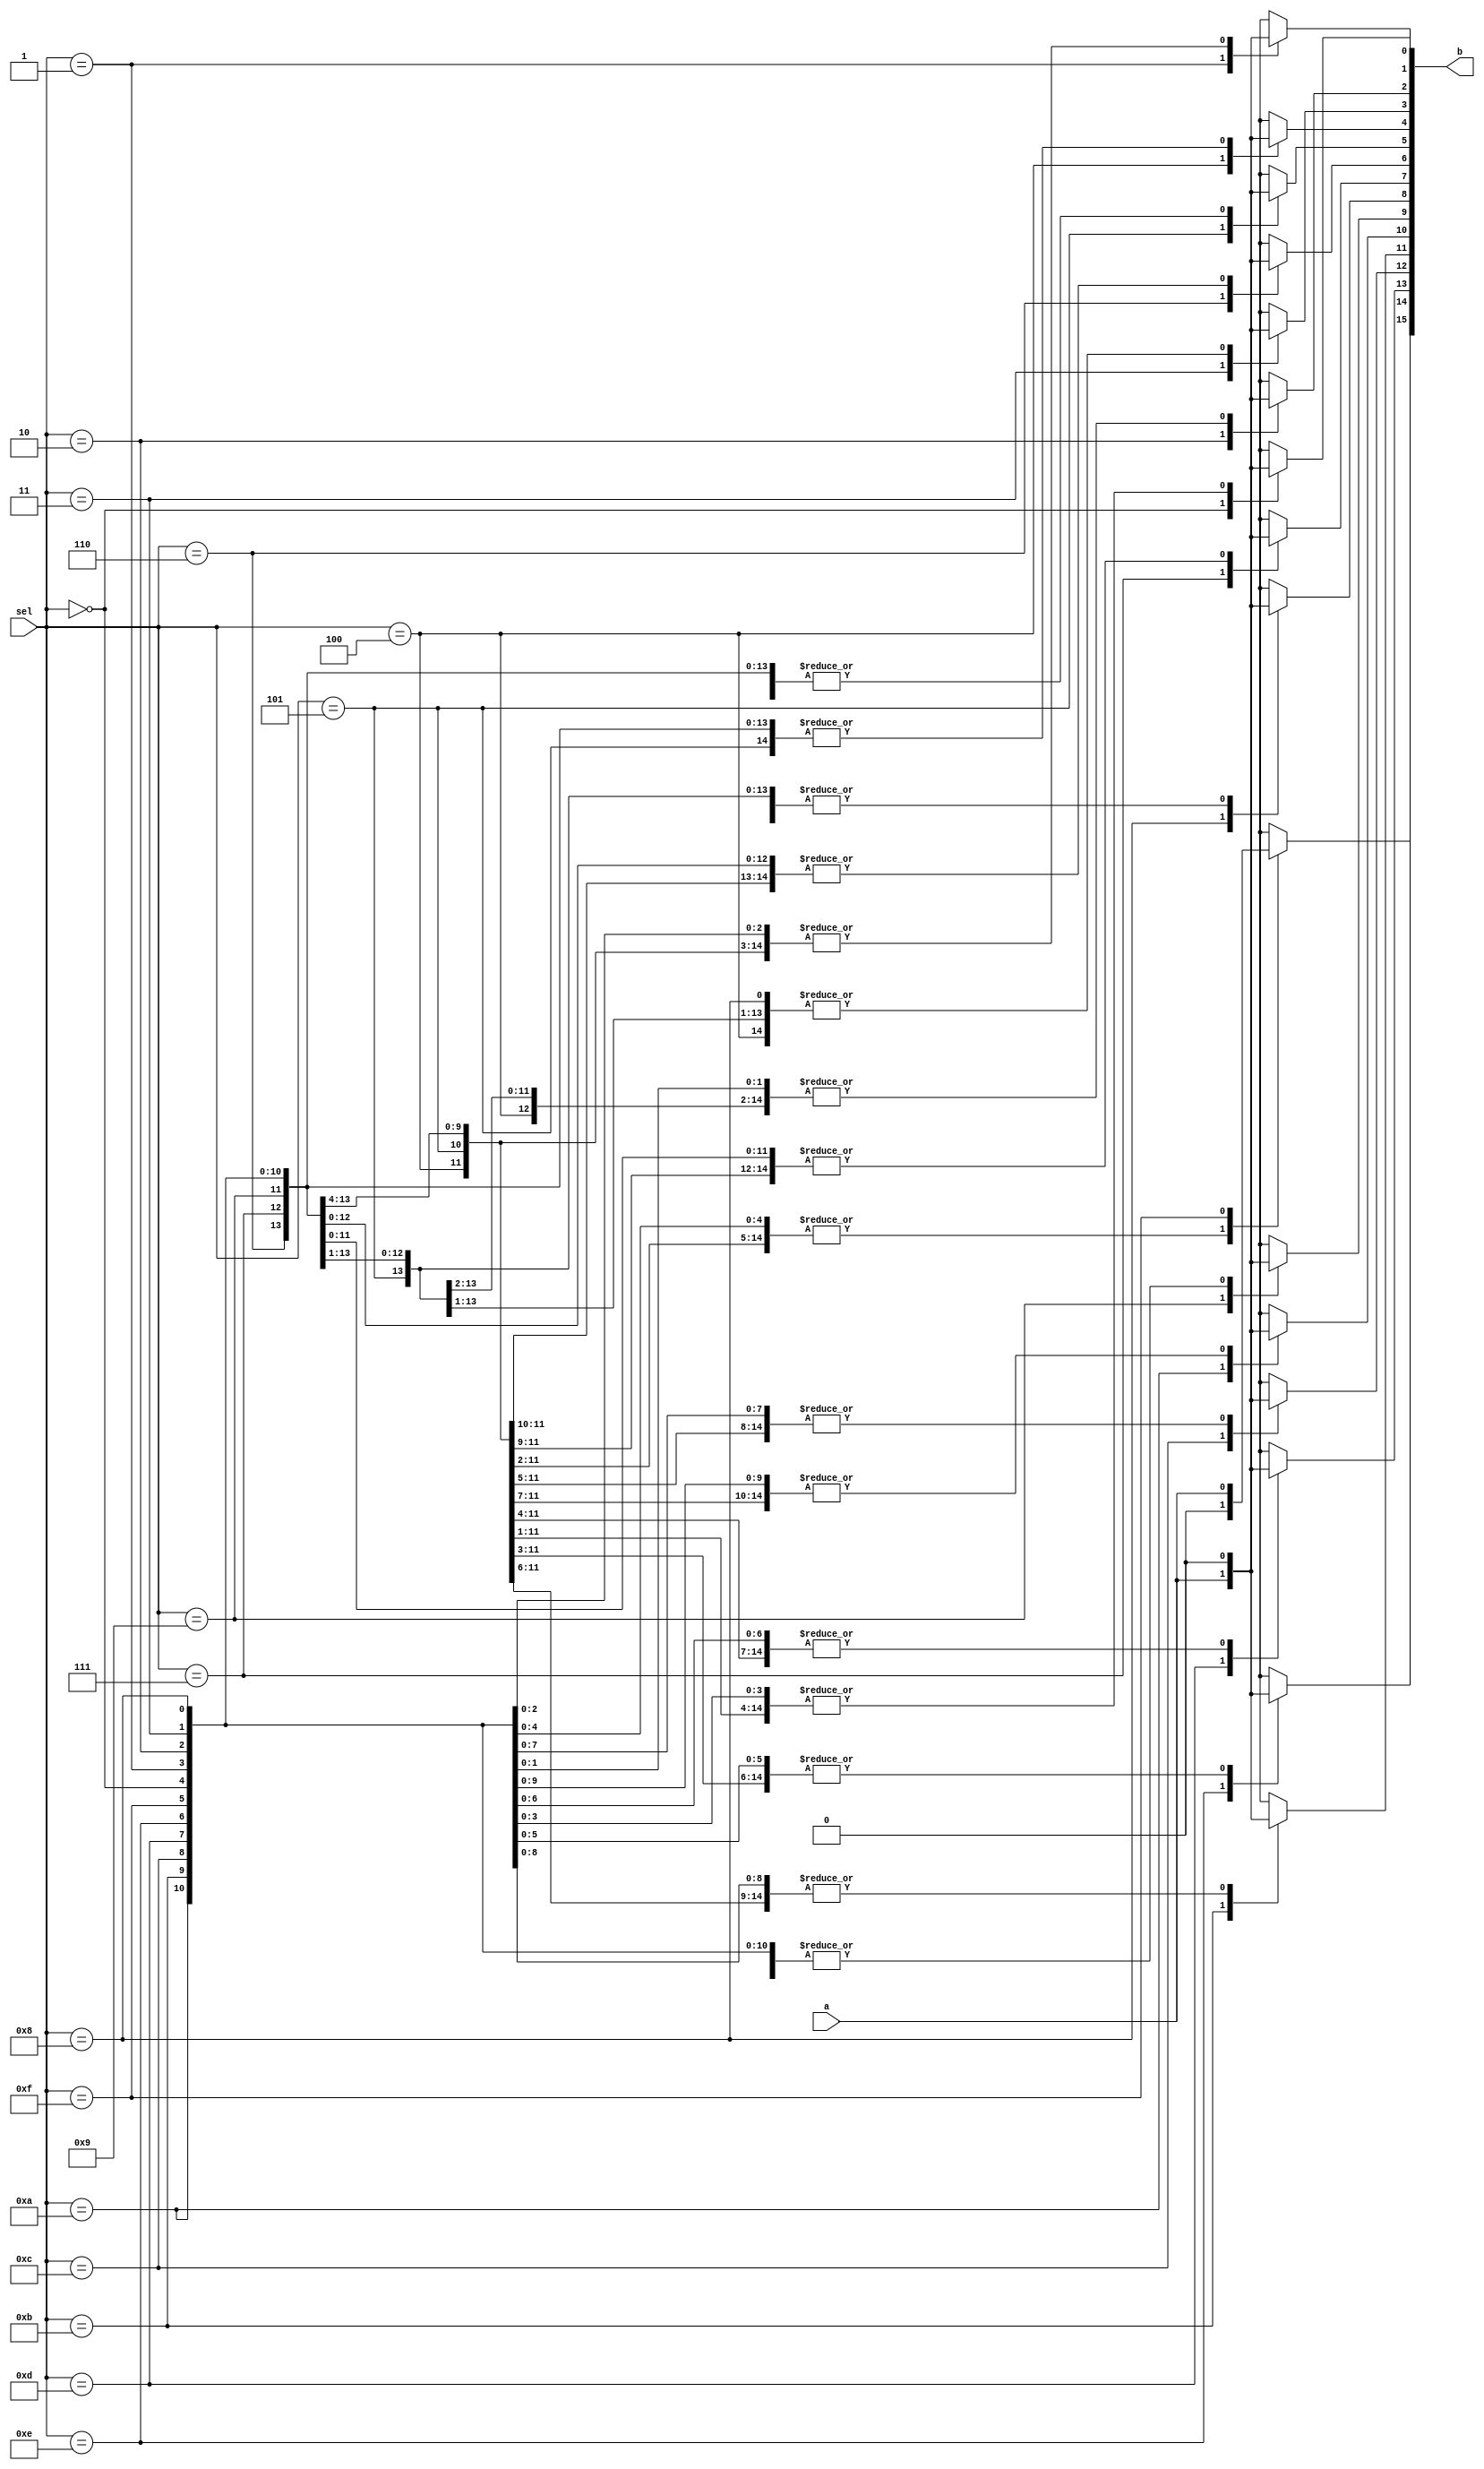
module demux_1x16(
    input a,
    input [3:0] sel,
    output reg [15:0] b
    );
    //reg [15:0] b;

    always @(*)
    begin
        case (sel)  //case statement with "sel"
            4'h0 : begin
                        b[0] = a;
                        b[1] = 1'b0;
                        b[2] = 1'b0;
                        b[3] = 1'b0;
                        b[4] = 1'b0;
                        b[5] = 1'b0;
                        b[6] = 1'b0;
                        b[7] = 1'b0;
                        b[8] = 1'b0;
                        b[9] = 1'b0;
                        b[10] = 1'b0;
                        b[11] = 1'b0;
                        b[12] = 1'b0;
                        b[13] = 1'b0;
                        b[14] = 1'b0;
                        b[15] = 1'b0;
                   end
            4'h1 : begin
                        b[0] = 1'b0;
                        b[1] = a;
                        b[2] = 1'b0;
                        b[3] = 1'b0;
                        b[4] = 1'b0;
                        b[5] = 1'b0;
                        b[6] = 1'b0;
                        b[7] = 1'b0;
                        b[8] = 1'b0;
                        b[9] = 1'b0;
                        b[10] = 1'b0;
                        b[11] = 1'b0;
                        b[12] = 1'b0;
                        b[13] = 1'b0;
                        b[14] = 1'b0;
                        b[15] = 1'b0;
                   end
            4'h2 : begin
                        b[0] = 1'b0;
                        b[1] = 1'b0;
                        b[2] = a;
                        b[3] = 1'b0;
                        b[4] = 1'b0;
                        b[5] = 1'b0;
                        b[6] = 1'b0;
                        b[7] = 1'b0;
                        b[8] = 1'b0;
                        b[9] = 1'b0;
                        b[10] = 1'b0;
                        b[11] = 1'b0;
                        b[12] = 1'b0;
                        b[13] = 1'b0;
                        b[14] = 1'b0;
                        b[15] = 1'b0;
                   end
            4'h3 : begin
                        b[0] = 1'b0;
                        b[1] = 1'b0;
                        b[2] = 1'b0;
                        b[3] = a;
                        b[4] = 1'b0;
                        b[5] = 1'b0;
                        b[6] = 1'b0;
                        b[7] = 1'b0;
                        b[8] = 1'b0;
                        b[9] = 1'b0;
                        b[10] = 1'b0;
                        b[11] = 1'b0;
                        b[12] = 1'b0;
                        b[13] = 1'b0;
                        b[14] = 1'b0;
                        b[15] = 1'b0;
                   end
            4'h4 : begin
                        b[0] = 1'b0;
                        b[1] = 1'b0;
                        b[2] = 1'b0;
                        b[3] = 1'b0;
                        b[4] = a;
                        b[5] = 1'b0;
                        b[6] = 1'b0;
                        b[7] = 1'b0;
                        b[8] = 1'b0;
                        b[9] = 1'b0;
                        b[10] = 1'b0;
                        b[11] = 1'b0;
                        b[12] = 1'b0;
                        b[13] = 1'b0;
                        b[14] = 1'b0;
                        b[15] = 1'b0;
                   end
            4'h5 : begin
                        b[0] = 1'b0;
                        b[1] = 1'b0;
                        b[2] = 1'b0;
                        b[3] = 1'b0;
                        b[4] = 1'b0;
                        b[5] = a;
                        b[6] = 1'b0;
                        b[7] = 1'b0;
                        b[8] = 1'b0;
                        b[9] = 1'b0;
                        b[10] = 1'b0;
                        b[11] = 1'b0;
                        b[12] = 1'b0;
                        b[13] = 1'b0;
                        b[14] = 1'b0;
                        b[15] = 1'b0;
                   end
            4'h6 : begin
                        b[0] = 1'b0;
                        b[1] = 1'b0;
                        b[2] = 1'b0;
                        b[3] = 1'b0;
                        b[4] = 1'b0;
                        b[5] = 1'b0;
                        b[6] = a;
                        b[7] = 1'b0;
                        b[8] = 1'b0;
                        b[9] = 1'b0;
                        b[10] = 1'b0;
                        b[11] = 1'b0;
                        b[12] = 1'b0;
                        b[13] = 1'b0;
                        b[14] = 1'b0;
                        b[15] = 1'b0;
                   end
            4'h7 : begin
                        b[0] = 1'b0;
                        b[1] = 1'b0;
                        b[2] = 1'b0;
                        b[3] = 1'b0;
                        b[4] = 1'b0;
                        b[5] = 1'b0;
                        b[6] = 1'b0;
                        b[7] = a;
                        b[8] = 1'b0;
                        b[9] = 1'b0;
                        b[10] = 1'b0;
                        b[11] = 1'b0;
                        b[12] = 1'b0;
                        b[13] = 1'b0;
                        b[14] = 1'b0;
                        b[15] = 1'b0;
                   end
            4'h8 : begin
                        b[0] = 1'b0;
                        b[1] = 1'b0;
                        b[2] = 1'b0;
                        b[3] = 1'b0;
                        b[4] = 1'b0;
                        b[5] = 1'b0;
                        b[6] = 1'b0;
                        b[7] = 1'b0;
                        b[8] = a;
                        b[9] = 1'b0;
                        b[10] = 1'b0;
                        b[11] = 1'b0;
                        b[12] = 1'b0;
                        b[13] = 1'b0;
                        b[14] = 1'b0;
                        b[15] = 1'b0;
                   end
            4'h9 : begin
                        b[0] = 1'b0;
                        b[1] = 1'b0;
                        b[2] = 1'b0;
                        b[3] = 1'b0;
                        b[4] = 1'b0;
                        b[5] = 1'b0;
                        b[6] = 1'b0;
                        b[7] = 1'b0;
                        b[8] = 1'b0;
                        b[9] = a;
                        b[10] = 1'b0;
                        b[11] = 1'b0;
                        b[12] = 1'b0;
                        b[13] = 1'b0;
                        b[14] = 1'b0;
                        b[15] = 1'b0;
                   end
            4'ha : begin
                        b[0] = 1'b0;
                        b[1] = 1'b0;
                        b[2] = 1'b0;
                        b[3] = 1'b0;
                        b[4] = 1'b0;
                        b[5] = 1'b0;
                        b[6] = 1'b0;
                        b[7] = 1'b0;
                        b[8] = 1'b0;
                        b[9] = 1'b0;
                        b[10] = a;
                        b[11] = 1'b0;
                        b[12] = 1'b0;
                        b[13] = 1'b0;
                        b[14] = 1'b0;
                        b[15] = 1'b0;
                   end
            4'hb : begin
                        b[0] = 1'b0;
                        b[1] = 1'b0;
                        b[2] = 1'b0;
                        b[3] = 1'b0;
                        b[4] = 1'b0;
                        b[5] = 1'b0;
                        b[6] = 1'b0;
                        b[7] = 1'b0;
                        b[8] = 1'b0;
                        b[9] = 1'b0;
                        b[10] = 1'b0;
                        b[11] = a;
                        b[12] = 1'b0;
                        b[13] = 1'b0;
                        b[14] = 1'b0;
                        b[15] = 1'b0;
                   end
            4'hc : begin
                        b[0] = 1'b0;
                        b[1] = 1'b0;
                        b[2] = 1'b0;
                        b[3] = 1'b0;
                        b[4] = 1'b0;
                        b[5] = 1'b0;
                        b[6] = 1'b0;
                        b[7] = 1'b0;
                        b[8] = 1'b0;
                        b[9] = 1'b0;
                        b[10] = 1'b0;
                        b[11] = 1'b0;
                        b[12] = a;
                        b[13] = 1'b0;
                        b[14] = 1'b0;
                        b[15] = 1'b0;
                   end
            4'hd : begin
                        b[0] = 1'b0;
                        b[1] = 1'b0;
                        b[2] = 1'b0;
                        b[3] = 1'b0;
                        b[4] = 1'b0;
                        b[5] = 1'b0;
                        b[6] = 1'b0;
                        b[7] = 1'b0;
                        b[8] = 1'b0;
                        b[9] = 1'b0;
                        b[10] = 1'b0;
                        b[11] = 1'b0;
                        b[12] = 1'b0;
                        b[13] = a;
                        b[14] = 1'b0;
                        b[15] = 1'b0;
                   end
            4'he : begin
                        b[0] = 1'b0;
                        b[1] = 1'b0;
                        b[2] = 1'b0;
                        b[3] = 1'b0;
                        b[4] = 1'b0;
                        b[5] = 1'b0;
                        b[6] = 1'b0;
                        b[7] = 1'b0;
                        b[8] = 1'b0;
                        b[9] = 1'b0;
                        b[10] = 1'b0;
                        b[11] = 1'b0;
                        b[12] = 1'b0;
                        b[13] = 1'b0;
                        b[14] = a;
                        b[15] = 1'b0;
                   end
            4'hf : begin
                        b[0] = 1'b0;
                        b[1] = 1'b0;
                        b[2] = 1'b0;
                        b[3] = 1'b0;
                        b[4] = 1'b0;
                        b[5] = 1'b0;
                        b[6] = 1'b0;
                        b[7] = 1'b0;
                        b[8] = 1'b0;
                        b[9] = 1'b0;
                        b[10] = 1'b0;
                        b[11] = 1'b0;
                        b[12] = 1'b0;
                        b[13] = 1'b0;
                        b[14] = 1'b0;
                        b[15] = a;
                   end

        endcase
    end

endmodule